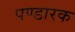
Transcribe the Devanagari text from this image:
पण्डारक